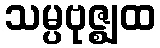
သမ္ပဗုဇ္ဈထ